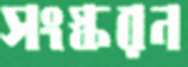
সংস্করন